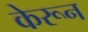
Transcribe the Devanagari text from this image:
केरून